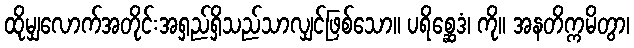
ထိုမျှလောက်အတိုင်းအရှည်ရှိသည်သာလျှင်ဖြစ်သော။ ပရိစ္ဆေဒံ၊ ကို။ အနတိက္ကမိတွာ၊